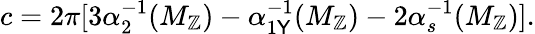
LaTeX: c=2\pi[3\alpha_{2}^{-1}(M_{\mathbb{Z}})-\alpha_{1\mathsf{Y}}^{-1}(M_{\mathbb{Z}})-2\alpha_{s}^{-1}(M_{\mathbb{Z}})].